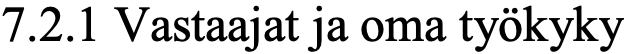
7.2.1 Vastaajat ja oma työkyky